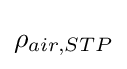
\rho _{air,STP}